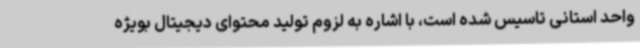
واحد استانی تاسیس شده است، با اشاره به لزوم تولید محتوای دیجیتال بویژه